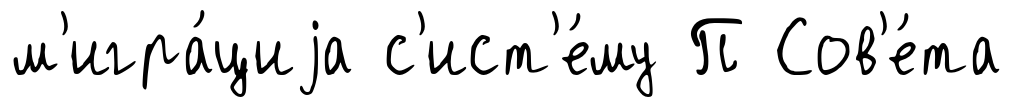
м'игра́циjа с'ист'е́му П Сов'е́та